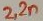
Text: 2,2n